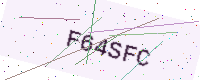
Text: F64SFC